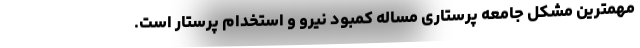
مهمترین مشکل جامعه پرستاری مساله کمبود نیرو و استخدام پرستار است.